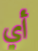
أي